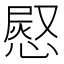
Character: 𭞊